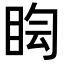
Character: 𥅬